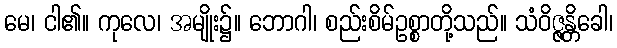
မေ၊ ငါ၏။ ကုလေ၊ အမျိုး၌။ ဘောဂါ၊ စည်းစိမ်ဥစ္စာတို့သည်။ သံဝိဇ္ဇန္တိခေါ၊